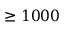
\geq 1 0 0 0